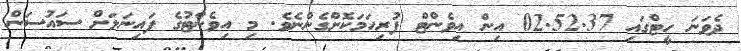
ދެވަނަ ހީޓްގައި 02.52.37 އިން އިވެންޓް ފުރިހަމަކޮށްގެންނެވެ. މި އިވެންޓުގެ ފައިނަލަށް ސައުސަން